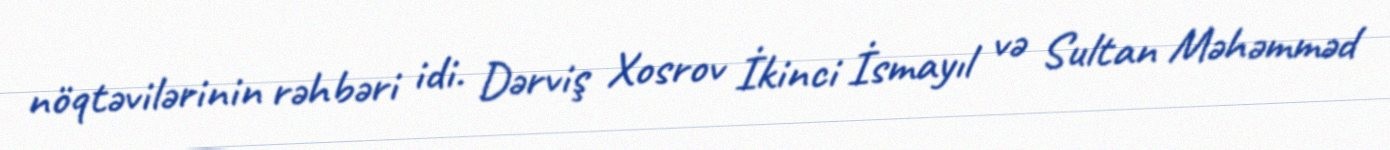
nöqtəvilərinin rəhbəri idi. Dərviş Xosrov İkinci İsmayıl və Sultan Məhəmməd